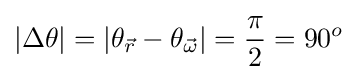
|\Delta \theta |=|\theta _{\vec {r}}-\theta _{\vec {\omega }}|={\pi  \over 2}=90^{o}